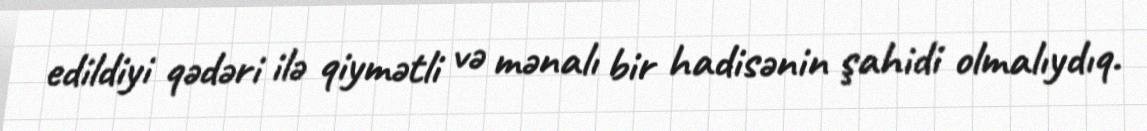
edildiyi qədəri ilə qiymətli və mənalı bir hadisənin şahidi olmalıydıq.